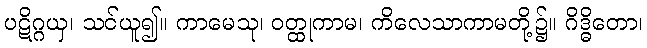
ပဋိဂ္ဂယှ၊ သင်ယူ၍။ ကာမေသု၊ ဝတ္ထုကာမ၊ ကိလေသာကာမတို့၌။ ဂိဒ္ဓိတော၊